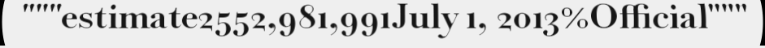
"""estimate2552,981,991July 1, 2013%Official"""